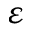
\varepsilon